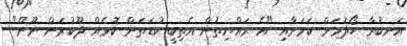
އަނބުރާ ހޯދުމަށް ކަމަށާއި "އެ ރައްޔިތުން އެތިބީ ކުޑަތަން ކޮޅެއް ދޫކުރަން ނޫން"